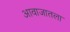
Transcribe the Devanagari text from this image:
आवाजातला